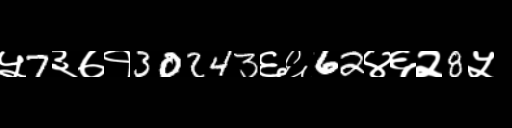
Text: ५7३७१30243६६62४६२8५